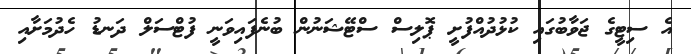
އެ ސިޓީގެ ޖަވާބުގައި ކުޅުދުއްފުށީ ޕޮލިސް ސްޓޭޝަނުން ބުނެފައިވަނީ ފުޓްސަލް ދަނޑު ހެދުމަށާއި